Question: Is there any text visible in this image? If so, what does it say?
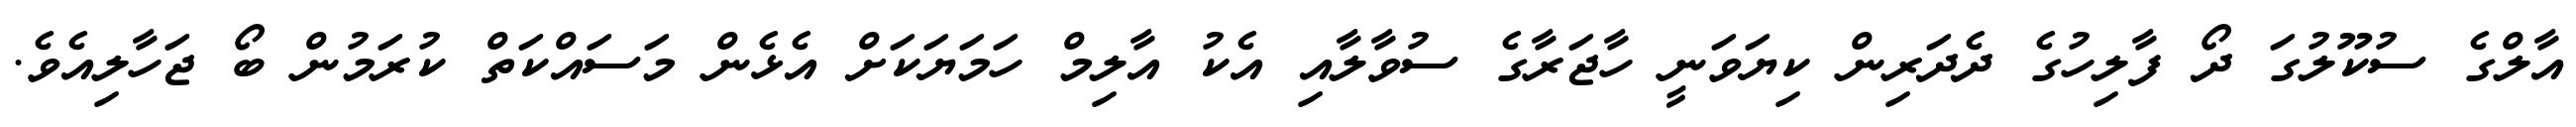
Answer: އާލްގެ ސުކޫލުގަ ދޯ ފާލިހުގެ ދެދަރިން ކިޔަވަނީ ހާޖަރާގެ ސުވާލާއި އެކު އާލިމް ހަމަޔަކަށް އެޅެން މަސައްކަތް ކުރަމުން ބޯ ޖަހާލިއެވެ.